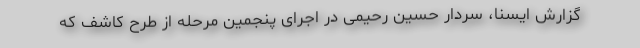
گزارش ایسنا، سردار حسین رحیمی در اجرای پنجمین مرحله از طرح کاشف که